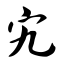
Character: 宄